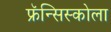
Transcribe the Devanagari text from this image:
फ्रॅन्सिस्कोला